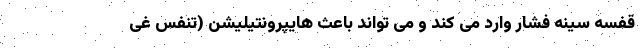
قفسه سینه فشار وارد می کند و می تواند باعث هایپرونتیلیشن (تنفس غی